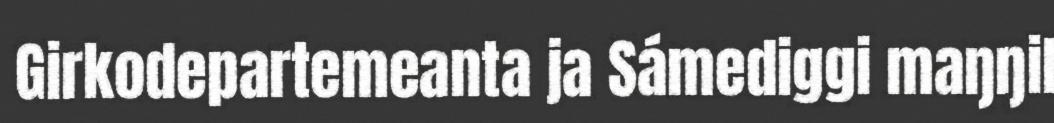
Girkodepartemeanta ja Sámediggi maŋŋil